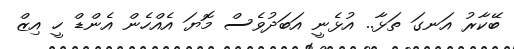
ބޭކާރު އަނގަ ތަޅާ.. އުޅެނީ އަބަދުވެސް މޮޔަ އެއްހެން އެންޑް ހީ އިޒް